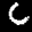
Label: 6